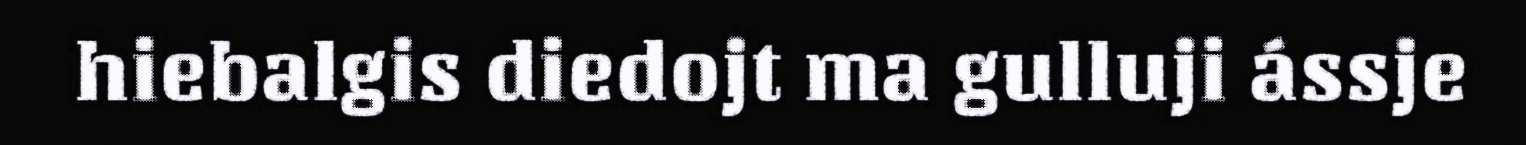
hiebalgis diedojt ma gulluji ássje